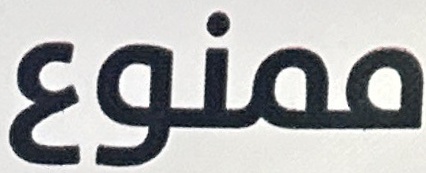
ممنوع